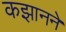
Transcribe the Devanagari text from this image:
कझानने